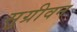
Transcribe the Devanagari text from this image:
सुग्रीवन